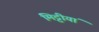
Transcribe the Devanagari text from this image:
मिट्टीयां